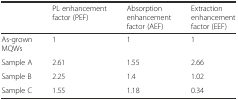
|  | PL enhancement factor (PEF) | Absorption enhancement factor (AEF) | Extraction enhancement factor (EEF) |
 | --- | --- | --- | --- |
 | As-grown MQWs | 1 | 1 | 1 |
 | Sample A | 2.61 | 1.55 | 2.66 |
 | Sample B | 2.25 | 1.4 | 1.02 |
 | Sample C | 1.55 | 1.18 | 0.34 |